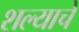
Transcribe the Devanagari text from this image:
शल्याचे